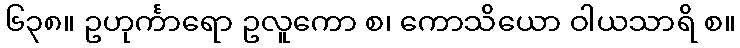
၆၃၈။ ဥဟုင်္ကာရော ဥလူကော စ၊ ကောသိယော ဝါယသာရိ စ။